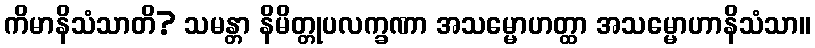
ကိမာနိသံသာတိ? သမန္တာ နိမိတ္တုပလက္ခဏာ အသမ္မောဟတ္ထာ အသမ္မောဟာနိသံသာ။